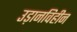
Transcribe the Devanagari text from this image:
उड़ानविहीन